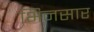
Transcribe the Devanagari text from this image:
भिनसार